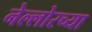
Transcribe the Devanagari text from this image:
नेल्लोरच्या